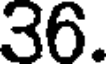
36.